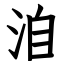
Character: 洎